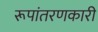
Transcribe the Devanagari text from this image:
रूपांतरणकारी